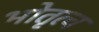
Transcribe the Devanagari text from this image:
भोतृत्व